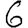
Digit: 6